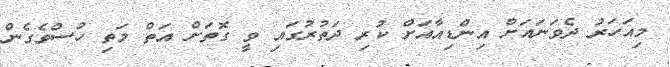
މިއަހަރު ދެވަނައަށް އިންޑިއާއަށް ކުރި ދަތުރުގައި ވީ ގޮތަށް އަތް މަތި ހުސްވެގެން